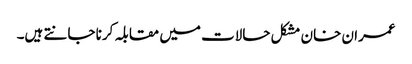
عمران خان مشکل حالات میں مقابلہ کرنا جانتے ہیں۔